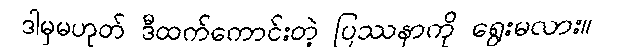
ဒါမှမဟုတ် ဒီထက်ကောင်းတဲ့ ပြဿနာကို ရွေးမလား။